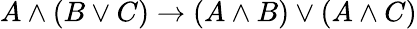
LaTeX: A\land(B\lor C)\to(A\land B)\lor(A\land C)